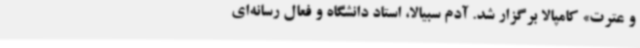
و عترت» کامپالا برگزار شد. آدم سبیالا، استاد دانشگاه و فعال رسانه‌ای